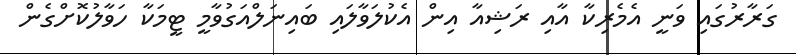
ގަރާރުގައި ވަނީ އެމެރިކާ އާއި ރަޝިއާ އިން އެކުލަވާލައި ބައިނަލްއަގުވާމީ ޓީމަކާ ހަވާލުކޮށްގެން